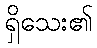
ရှိသေး၏